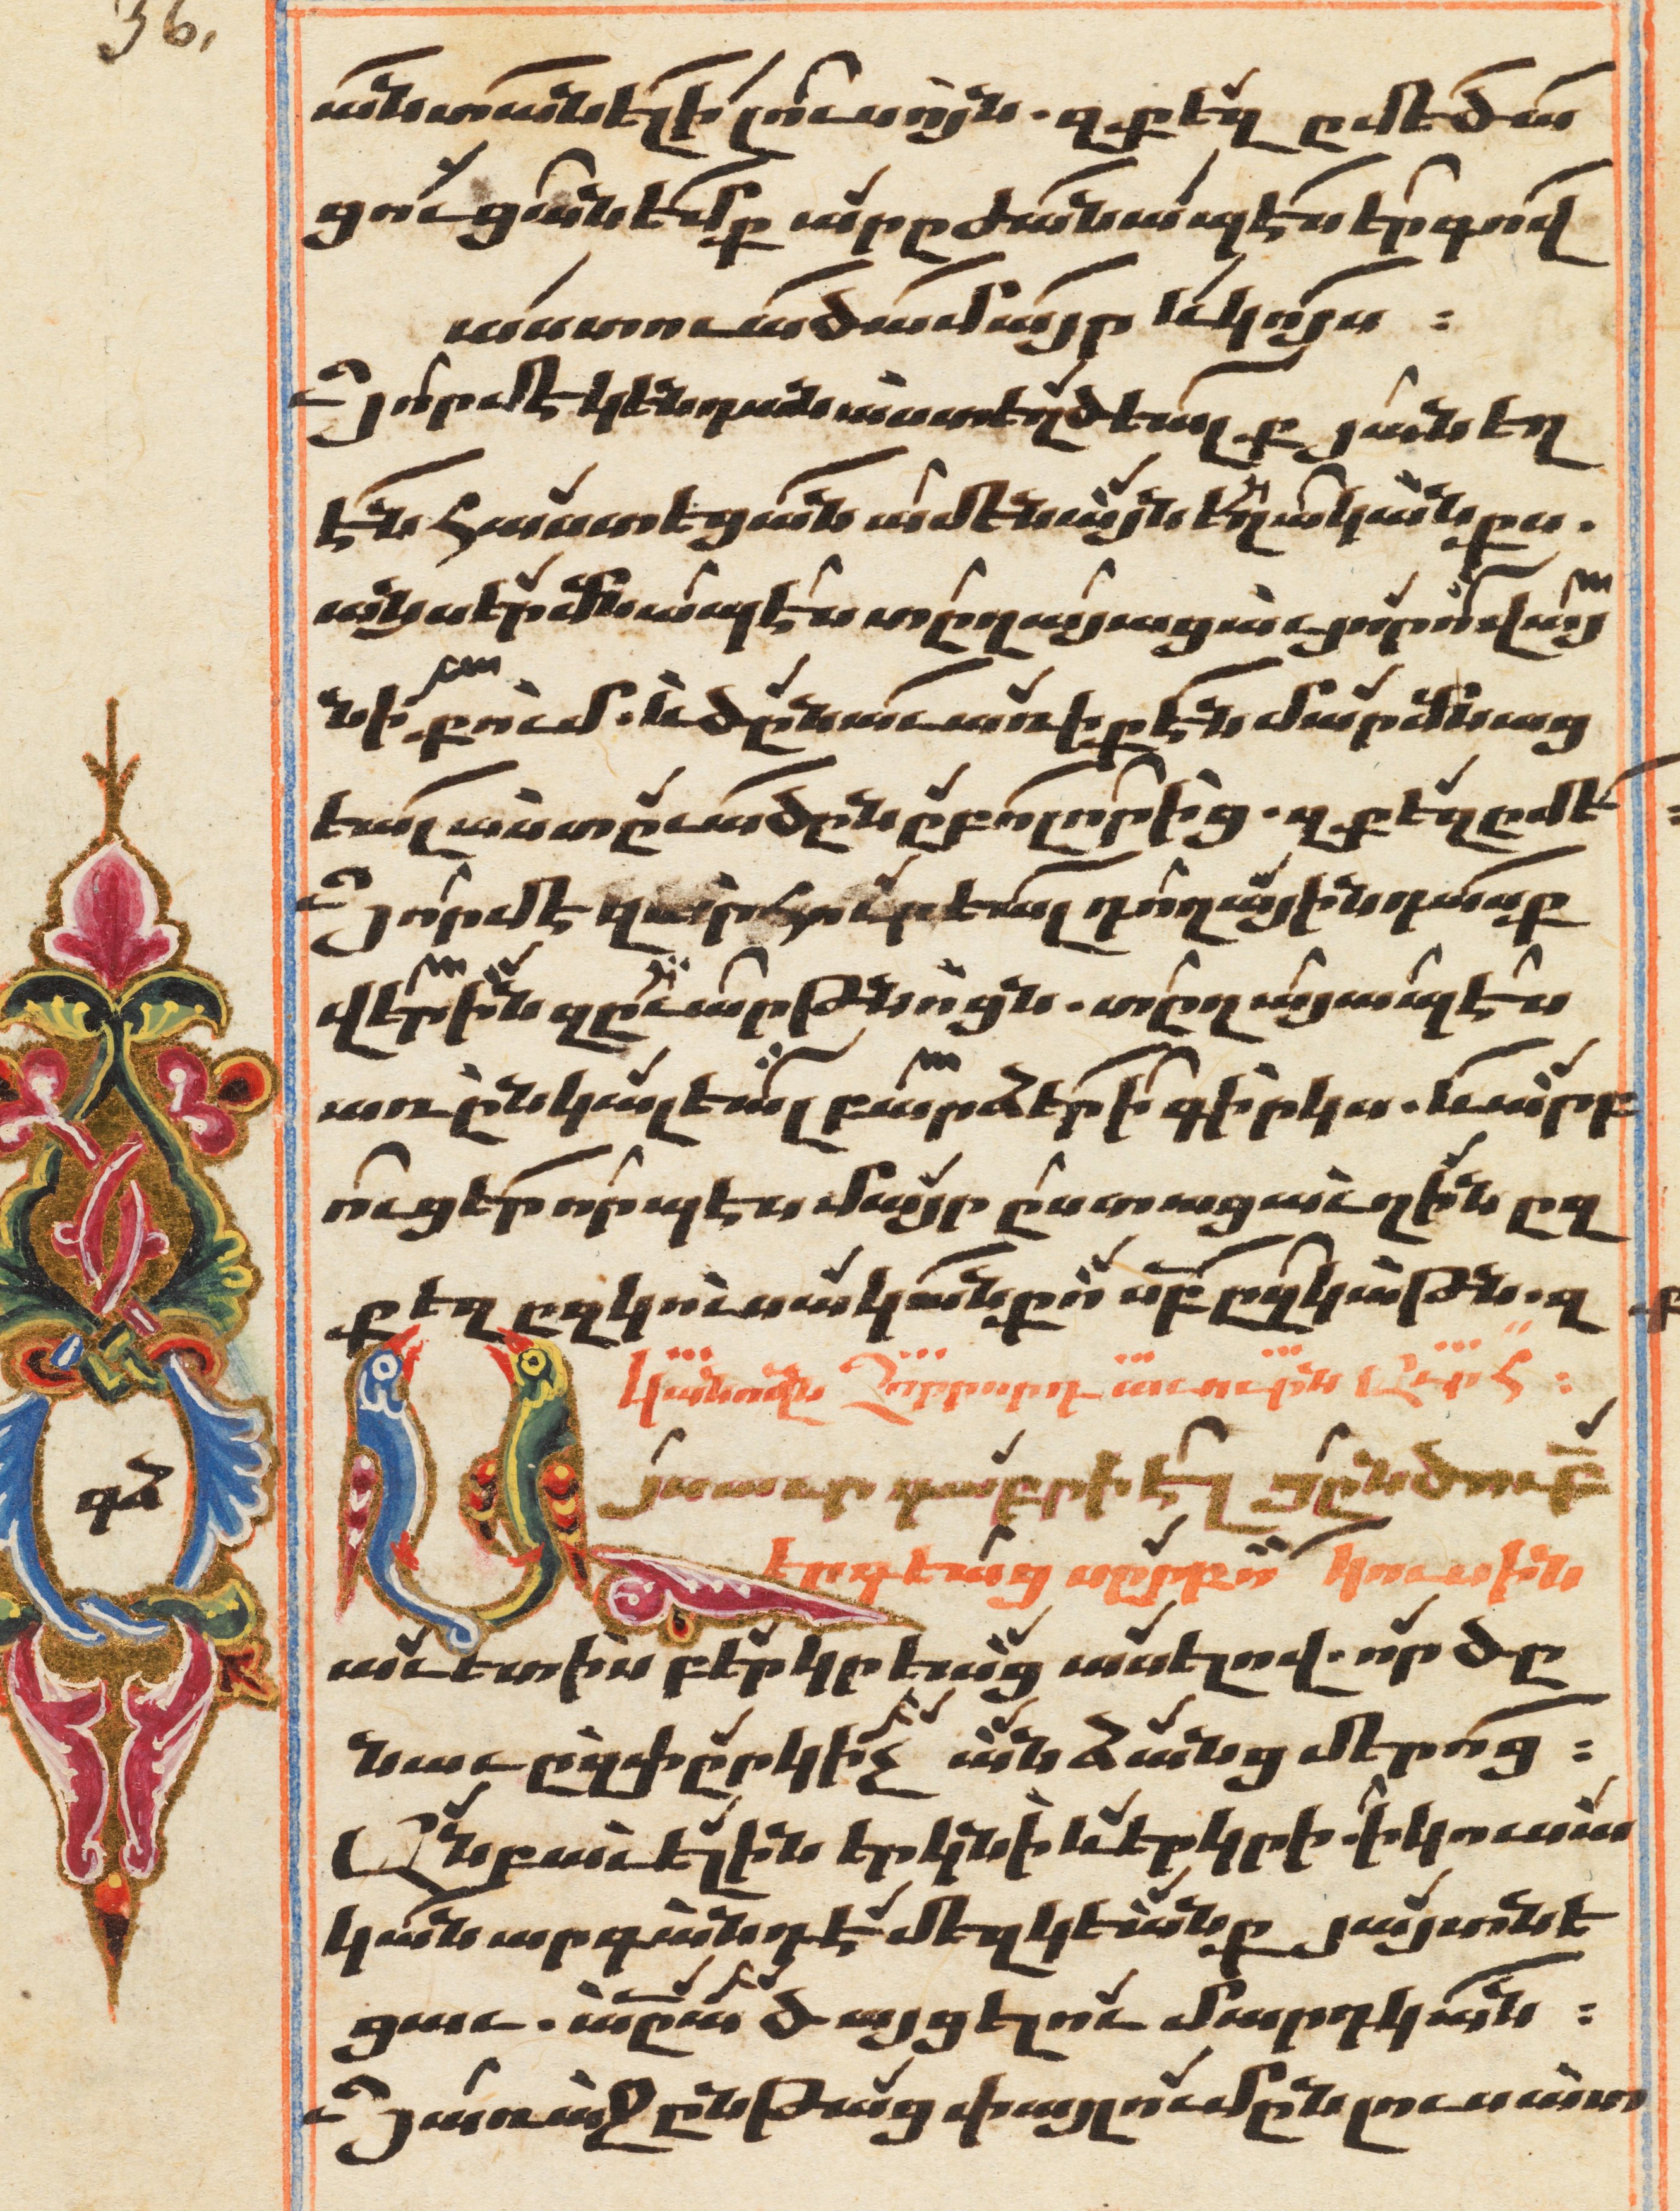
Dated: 1647–1647